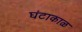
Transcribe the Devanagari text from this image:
घंटाकाळ